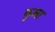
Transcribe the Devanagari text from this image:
कुम्रा